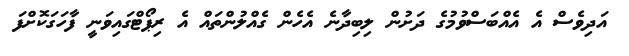
އަދިވެސް އެ އެއްބަސްވުމުގެ ދަށުން ލިބިދާނެ އެހެން ގެއްލުންތައް އެ ރިޕޯޓްގައިވަނީ ފާހަގަކޮށްފަ